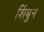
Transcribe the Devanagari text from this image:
शिंबुन